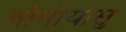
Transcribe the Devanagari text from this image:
तोमीयासु